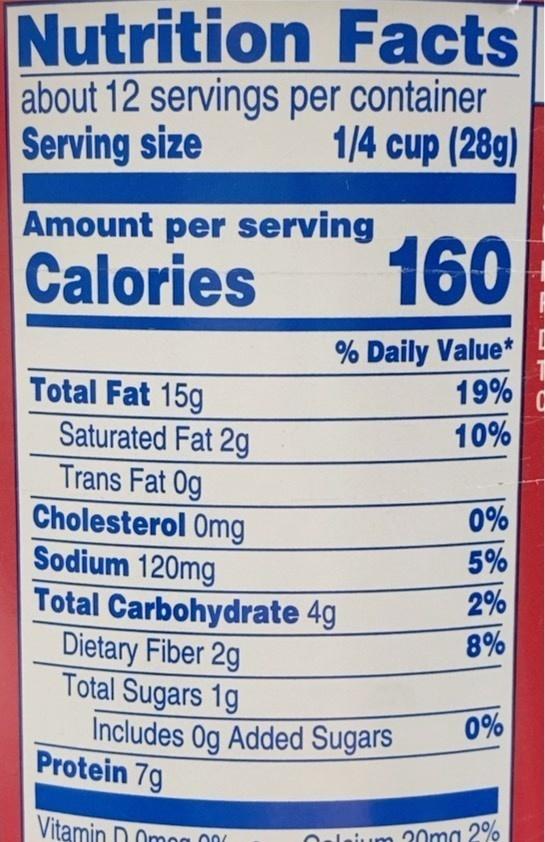
Nutrition Facts about 12 servings per container Serving size
1/4 cup (28g)
Amount per serving
Calories
160
% Daily Value* 19%
Total Fat 15g Saturated Fat 2g Trans Fat 0g Cholesterol Omg
10%
0%
Sodium 120mg
5%
Total Carbohydrate 4g Dietary Fiber 2g Total Sugars 1g Includes Og Added Sugars Protein 7g
2%
8%
0%
Vitamin D Omog 00
lajum 20ma 2%